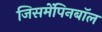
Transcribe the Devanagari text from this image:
जिसमेंपिनबॉल